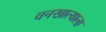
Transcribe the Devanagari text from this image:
वनखात्याला